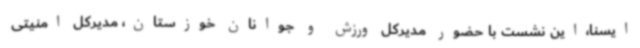
ایسنا،این نشست با حضور مدیرکل ورزش و جوانان خوزستان، مدیرکل امنیتی